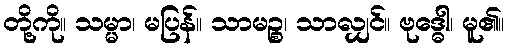
တို့ကို။ သမ္မာ၊ မပြန်။ သာမဉ္စ၊ သာလျှင်။ ဗုဒ္ဓေါ၊ မူ၏။